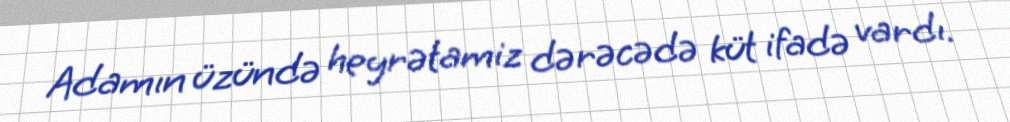
Adamın üzündə heyrətamiz dərəcədə küt ifadə vardı.